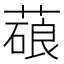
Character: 𦺫